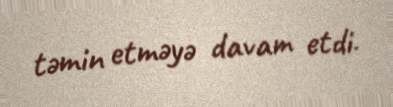
təmin etməyə davam etdi.